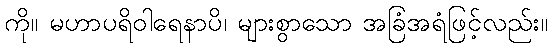
ကို။ မဟာပရိဝါရေနာပိ၊ များစွာသော အခြံအရံဖြင့်လည်း။